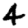
Digit: 4